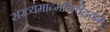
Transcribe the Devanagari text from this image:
सख्यमात्मनिवेदनम्